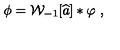
\phi = { \cal W } _ { - 1 } [ \widehat { a } ] \ast \varphi \ ,